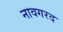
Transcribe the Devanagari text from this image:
नावगरद